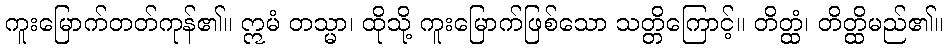
ကူးမြောက်တတ်ကုန်၏။ ဣမံ တသ္မာ၊ ထိုသို့ ကူးမြောက်ဖြစ်သော သတ္တိကြောင့်။ တိတ္ထံ၊ တိတ္ထိမည်၏။